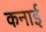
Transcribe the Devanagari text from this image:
कनाई